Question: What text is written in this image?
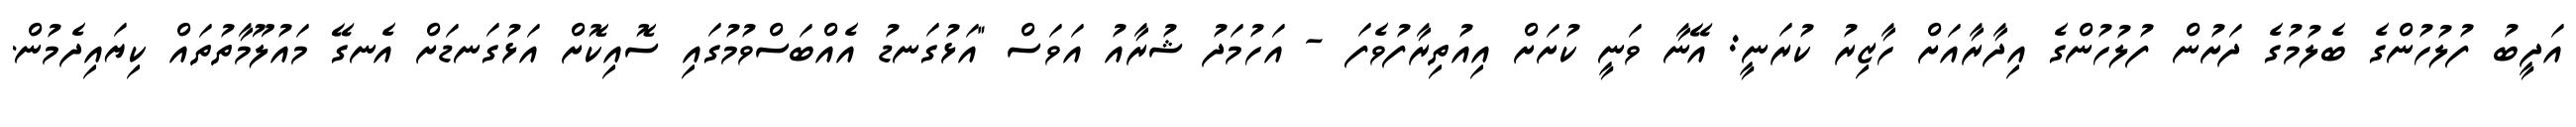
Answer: އަދީބު ފުލުހުންގެ ބެލުމުގެ ދަށުން ފުލުހުންގެ އިދާރާއަށް ހާޒިރު ކުރަނީ: އޭނާ ވަނީ ކުށަށް އިއުތިރާފުވެފަ - އަހުމަދު ޝުރާއު އަވަސް "އަޅުގަނޑު އެއްބަސްވުމުގައި ސޮއިކޮށް އަޅުގަނޑަށް އެނގޭ މައުލޫމާތުތައް ކިޔައިދެމުން.